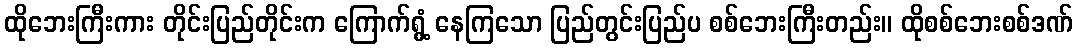
ထိုဘေးကြီးကား တိုင်းပြည်တိုင်းက ကြောက်ရွံ့ နေကြသော ပြည်တွင်းပြည်ပ စစ်ဘေးကြီးတည်း။ ထိုစစ်ဘေးစစ်ဒဏ်